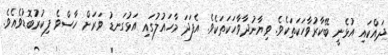
ދައްކައި އުޅެނީ ބޭކާރުވާހަކަތަކެވެ. ވިޔާނުދާވާހަކަތަކެވެ. އެފަދަ މާހައުލުގައި އަޅުގަނޑު ވަރަށް ހާސްވެ ފިކުރުބޮޑުވެއެވެ.